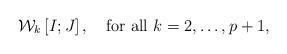
LaTeX: \begin{align*}\mathcal{W}_{k}\left[I;J\right],\quad\mbox{for all $k=2,\dots,p+1$,}\end{align*}